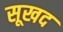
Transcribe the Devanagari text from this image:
सूखद